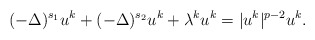
\begin{align*} (-\Delta)^{s_1} u^k +(-\Delta)^{s_2} u^k + \lambda^k u^k=|u^k|^{p-2} u^k.\end{align*}